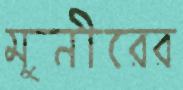
মুনীরের